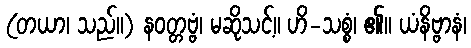
(တယာ၊ သည်။) နဝတ္တဗ္ဗံ၊ မဆိုသင့်။ ဟိ-သစ္စံ၊ ၏။ ယံနိဗ္ဗာနံ၊